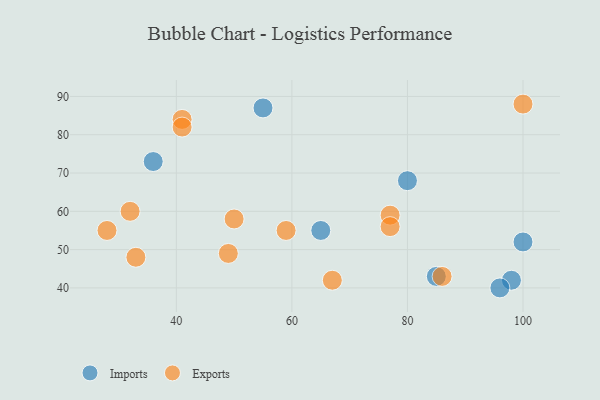
{"axis": {"x": "GDP", "y": "Life Expectancy"}, "legend": ["Exports", "Imports"], "data": [{"x": "65", "y": 55, "type": "Imports"}, {"x": "55", "y": 87, "type": "Imports"}, {"x": "80", "y": 68, "type": "Imports"}, {"x": "85", "y": 43, "type": "Imports"}, {"x": "100", "y": 52, "type": "Imports"}, {"x": "36", "y": 73, "type": "Imports"}, {"x": "98", "y": 42, "type": "Imports"}, {"x": "96", "y": 40, "type": "Imports"}, {"x": "100", "y": 88, "type": "Exports"}, {"x": "49", "y": 49, "type": "Exports"}, {"x": "86", "y": 43, "type": "Exports"}, {"x": "77", "y": 59, "type": "Exports"}, {"x": "28", "y": 55, "type": "Exports"}, {"x": "33", "y": 48, "type": "Exports"}, {"x": "50", "y": 58, "type": "Exports"}, {"x": "32", "y": 60, "type": "Exports"}, {"x": "77", "y": 56, "type": "Exports"}, {"x": "67", "y": 42, "type": "Exports"}, {"x": "59", "y": 55, "type": "Exports"}, {"x": "41", "y": 84, "type": "Exports"}, {"x": "41", "y": 82, "type": "Exports"}]}